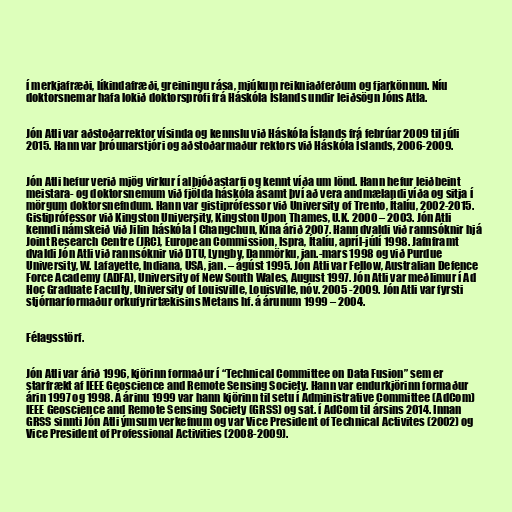
í merkjafræði, líkindafræði, greiningu rása, mjúkum reikniaðferðum og fjarkönnun. Níu
doktorsnemar hafa lokið doktorsprófi frá Háskóla Íslands undir leiðsögn Jóns Atla.

Jón Atli var aðstoðarrektor vísinda og kennslu við Háskóla Íslands frá febrúar 2009 til júli
2015. Hann var þróunarstjóri og aðstoðarmaður rektors við Háskóla Íslands, 2006-2009.

Jón Atli hefur verið mjög virkur í alþjóðastarfi og kennt víða um lönd. Hann hefur leiðbeint
meistara- og doktorsnemum við fjölda háskóla ásamt því að vera andmælandi víða og sitja í
mörgum doktorsnefndum. Hann var gistiprófessor við University of Trento, Ítalíu, 2002-2015.
Gistiprófessor við Kingston University, Kingston Upon Thames, U.K. 2000 – 2003. Jón Atli
kenndi námskeið við Jilin háskóla Í Changchun, Kína árið 2007. Hann dvaldi við rannsóknir hjá
Joint Research Centre (JRC), European Commission, Ispra, Ítalíu, apríl-júlí 1998. Jafnframt
dvaldi Jón Atli við rannsóknir við DTU, Lyngby, Danmörku, jan.-mars 1998 og við Purdue
University, W. Lafayette, Indiana, USA, jan. – ágúst 1995. Jón Atli var Fellow, Australian Defence
Force Academy (ADFA), University of New South Wales, August 1997. Jón Atli var meðlimur í Ad
Hoc Graduate Faculty, University of Louisville, Louisville, nóv. 2005 -2009. Jón Atli var fyrsti
stjórnarformaður orkufyrirtækisins Metans hf. á árunum 1999 – 2004.

Félagsstörf.

Jón Atli var árið 1996, kjörinn formaður í “Technical Committee on Data Fusion” sem er
starfrækt af IEEE Geoscience and Remote Sensing Society. Hann var endurkjörinn formaður
árin 1997 og 1998. Á árinu 1999 var hann kjörinn til setu í Administrative Committee (AdCom)
IEEE Geoscience and Remote Sensing Society (GRSS) og sat. í AdCom til ársins 2014. Innan
GRSS sinnti Jón Atli ýmsum verkefnum og var Vice President of Technical Activites (2002) og
Vice President of Professional Activities (2008-2009).